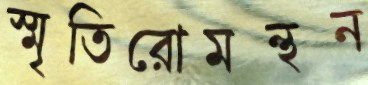
স্মৃতিরোমন্থন